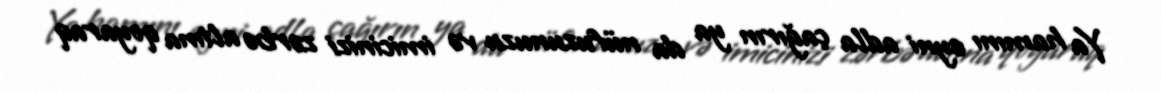
Ya hamını eyni adla çağırın ya da nüfuzunuzu və imicinizi zərbə altına qoyaraq